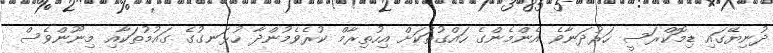
ދުނިޔޭގައި ޑިމޮކްރަސީ ހަރުދަނާވެ އެންމެންގެ ހައްގުތަކަށް އިހުތިރާމް ކުރެވެމުންދާ ހުޅަނގުގެ ގައުމުތަކާއި މިނޫންވެސް